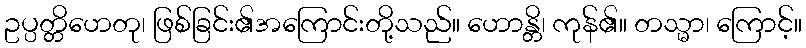
ဥပ္ပတ္တိဟေတု၊ ဖြစ်ခြင်း၏အကြောင်းတို့သည်။ ဟောန္တိ၊ ကုန်၏။ တသ္မာ၊ ကြောင့်။